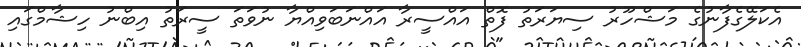
އެކަލޭގެފާނުގެ މަޝްހޫރު ސިޔަރަތު ފޮތް އައްސީރާ އައްނަބަވިއްޔާ ނުވަތަ ސީރަތު އިބްނު ހިޝާމްގައި